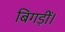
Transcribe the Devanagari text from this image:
बिगड़ीं।